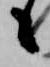
々